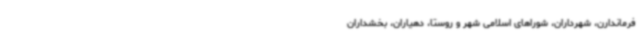
فرماندارن، شهرداران، شوراهای اسلامی شهر و روستا، دهیاران، بخشداران